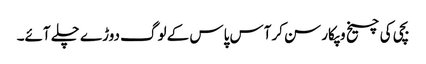
بچی کی چیخ وپکار سن کرآس پاس کے لوگ دوڑے چلے آئے۔